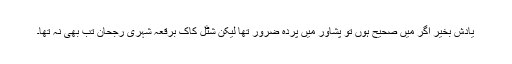
یادش بخیر اگر میں صحیح ہوں تو پشاور میں پردہ ضرور تھا لیکن شٹل کاک برقعہ شہری رجحان تب بھی نہ تھا۔